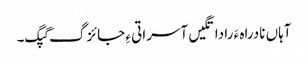
آہاں نادراہ ءَ را داتگیں آسراتی ءِ جائزگ گپگ۔